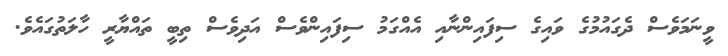
ވީނަމަވެސް ދެގައުމުގެ ވައިގެ ސިފައިންނާއި އެއްގަމު ސިފައިންވެސް އަދިވެސް ތިބީ ތައްޔާރީ ހާލަތުގައެވެ.